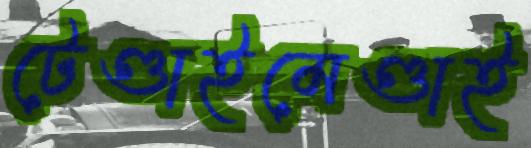
টেণ্ডাইমেণ্ডাই